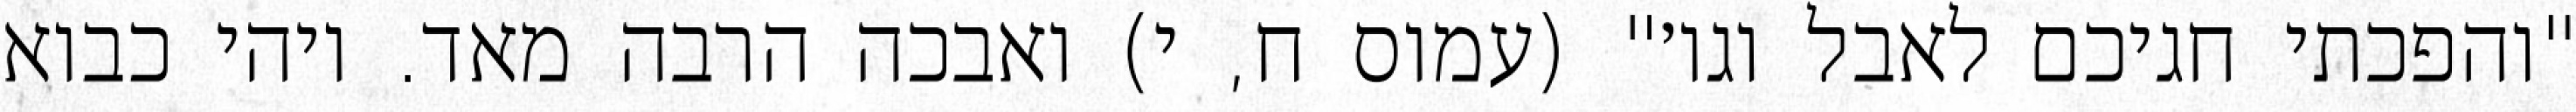
"והפכתי חגיכם לאבל וגו׳" (עמוס ח, י) ואבכה הרבה מאד. ויהי כבוא